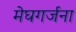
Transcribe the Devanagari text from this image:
मेघगर्जना